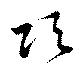
項